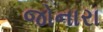
જોનારા